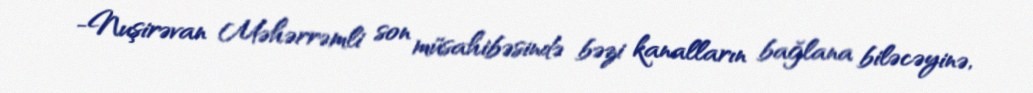
-Nuşirəvan Məhərrəmli son müsahibəsində bəzi kanalların bağlana biləcəyinə,